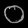
Digit: ၀